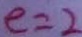
e = 2